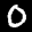
Label: 0